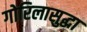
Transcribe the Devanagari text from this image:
गोरिलासुद्धा